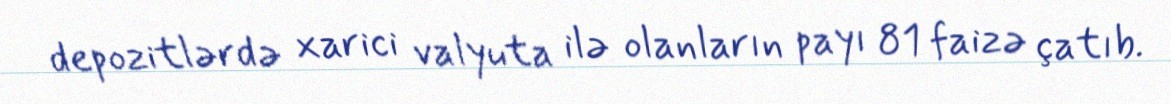
depozitlərdə xarici valyuta ilə olanların payı 81 faizə çatıb.